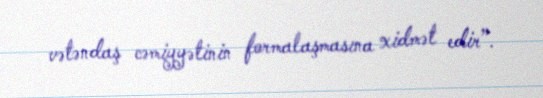
vətəndaş cəmiyyətinin formalaşmasına xidmət edir”.